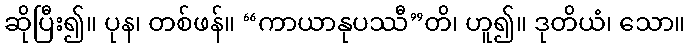
ဆိုပြီး၍။ ပုန၊ တစ်ဖန်။ “ကာယာနုပဿီ”တိ၊ ဟူ၍။ ဒုတိယံ၊ သော။